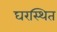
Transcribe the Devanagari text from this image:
घरस्थित